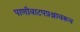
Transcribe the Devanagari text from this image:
पाणीवाटपप्रश्नावरून